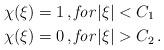
LaTeX: \begin{align*}& \chi(\xi)= 1 \, , \emph{for}\, |\xi|<C_1 \\& \chi(\xi) = 0 \, , \emph{for}\, |\xi|> C_2 \,.\end{align*}